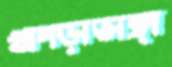
খাপড়াভাঙ্গা